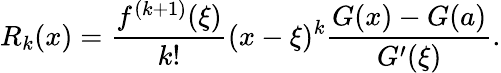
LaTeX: R_{k}(x)={\frac{f^{(k+1)}(\xi)}{k!}}(x-\xi)^{k}{\frac{G(x)-G(a)}{G^{\prime}(\xi)}}.